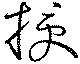
授